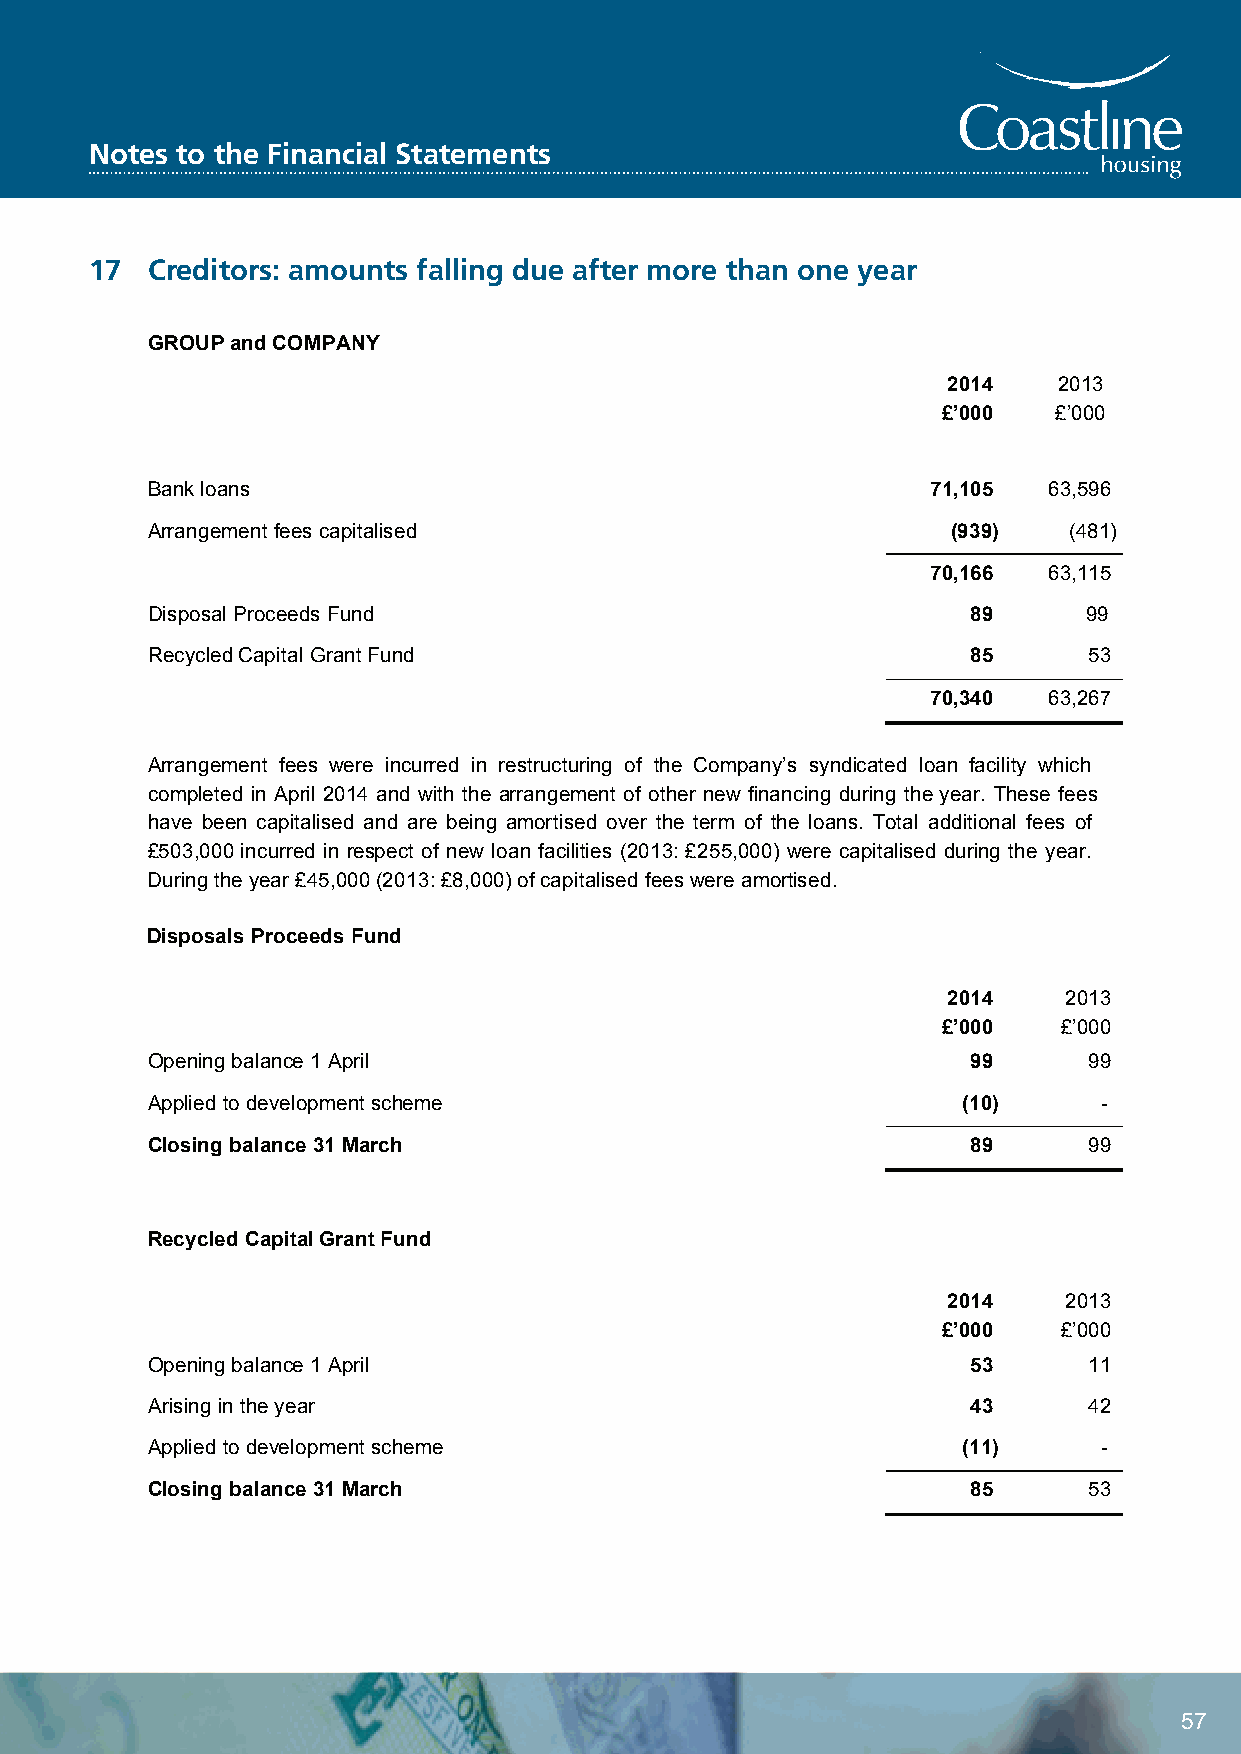
NoteCs otaos tthlien eF iHnaonucsiianlg S tLaimteimteedn ts
 Notes to the Financial Statements
 17  1C7re dCitroerdsi:t oarms:o aumntosu fnatllsin fgal ldinuge adfutee ra mfteorr em tohraen t hoanne oyneea ryear
 GROUP and COMPANY
 2014   2013
 £’000   £’000
 Bank loans                                          71,105 63,596
 Arrangement fees capitalised                         (939)   (481)
 70,166 63,115
 Disposal Proceeds Fund                                89      99
 Recycled Capital Grant Fund                           85      53
 70,340 63,267
 Arrangement fees were incurred in restructuring of the Company’s syndicated loan facility which
 completed in April 2014 and with the arrangement of other new financing during the year. These fees
 have been capitalised and are being amortised over the term of the loans. Total additional fees of
 £503,000 incurred in respect of new loan facilities (2013: £255,000) were capitalised during the year.
 During the year £45,000 (2013: £8,000) of capitalised fees were amortised.
 Disposals Proceeds Fund
 2014   2013
 £’000   £’000
 Opening balance 1 April                               99      99
 Applied to development scheme                         (10)     -
 Closing balance 31 March                              89      99
 Recycled Capital Grant Fund
 2014   2013
 £’000   £’000
 Opening balance 1 April                               53      11
 Arising in the year                                   43      42
 Applied to development scheme                         (11)     -
 Closing balance 31 March                              85      53
 53
 57